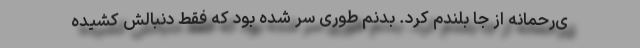
ی‌رحمانه از جا بلندم کرد. بدنم طوری سِر شده بود که فقط دنبالش کشیده